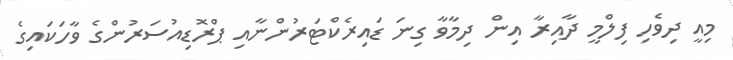
މިއީ ދިވެހި ފިލްމީ ދާއިރާ އިން ދިމާވާ ގިނަ ޑައިރެކްޓަރުންނާއި ޕްރޮޑިއުސަރުންގެ ވާހަކައިގެ